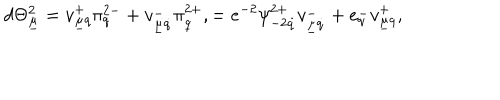
d \Theta _ { \underline { { \mu } } } ^ { 2 } = v _ { \underline { { \mu } } q } ^ { + } \pi _ { q } ^ { 2 - } + v _ { \underline { { \mu } } \dot { q } } ^ { - } \pi _ { \dot { q } } ^ { 2 + } , = e ^ { - 2 } \psi _ { - 2 \dot { q } } ^ { 2 + } v _ { \underline { { \mu } } \dot { q } } ^ { - } + e _ { q } ^ { - } v _ { \underline { { \mu } } q } ^ { + } ,